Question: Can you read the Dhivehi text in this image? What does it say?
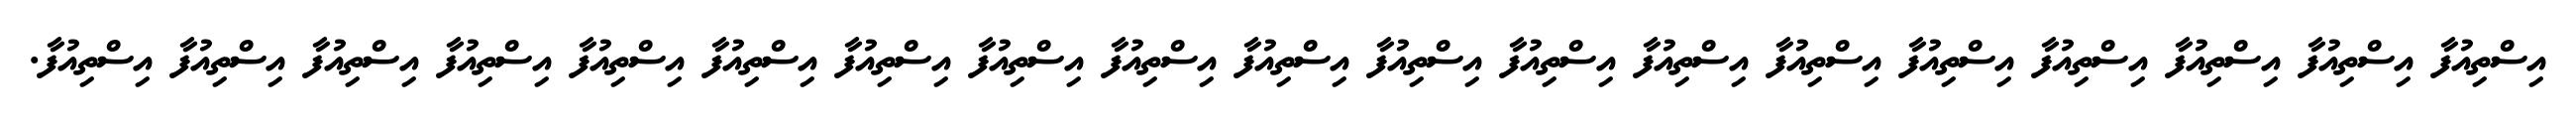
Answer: އިސްތިއުފާ އިސްތިއުފާ އިސްތިއުފާ އިސްތިއުފާ އިސްތިއުފާ އިސްތިއުފާ އިސްތިއުފާ އިސްތިއުފާ އިސްތިއުފާ އިސްތިއުފާ އިސްތިއުފާ އިސްތިއުފާ އިސްތިއުފާ އިސްތިއުފާ އިސްތިއުފާ އިސްތިއުފާ އިސްތިއުފާ އިސްތިއުފާ އިސްތިއުފާ.